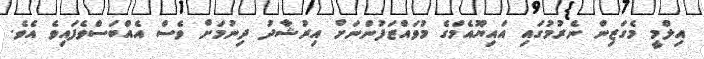
އިލްމީ މެގަޒިން ނެރުމުގައި އައިޔޫއެމްގެ މުވައްޒަފުންނަށް އިރުޝާދު ދިނުމަށް ވެސް އެއްބަސްވެފައިވެ އެވެ.